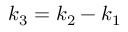
k _ { 3 } = k _ { 2 } - k _ { 1 }